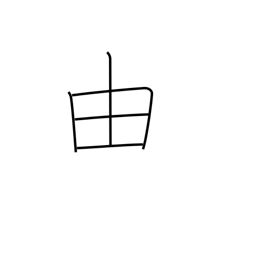
Meaning: wherefore